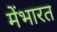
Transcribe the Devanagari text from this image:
मेंभारत